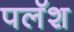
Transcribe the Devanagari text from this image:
पलॅश